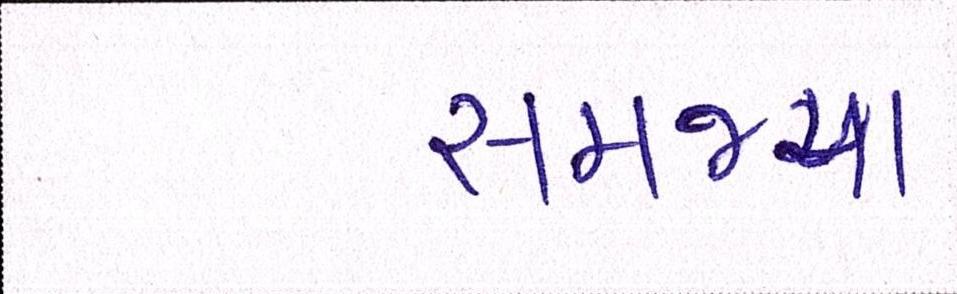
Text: સમજ્યા